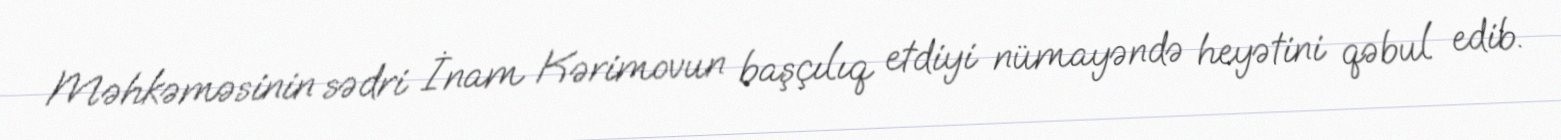
Məhkəməsinin sədri İnam Kərimovun başçılıq etdiyi nümayəndə heyətini qəbul edib.